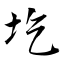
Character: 圪